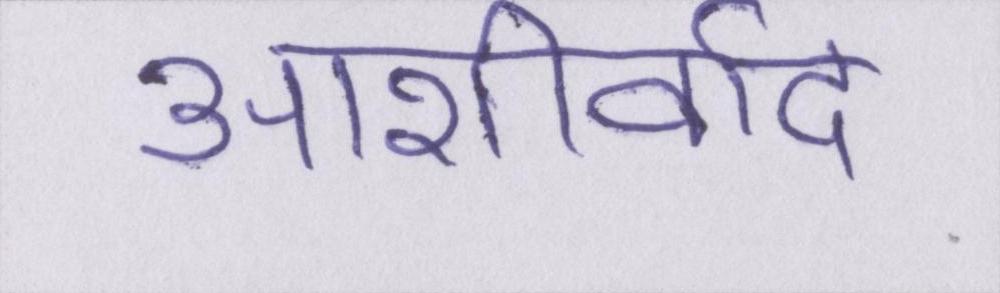
आशीर्वाद